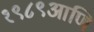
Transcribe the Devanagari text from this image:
१९८९आणि